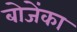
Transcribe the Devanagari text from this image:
बोजेंका